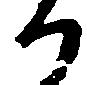
か